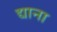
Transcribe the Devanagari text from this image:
द्याना